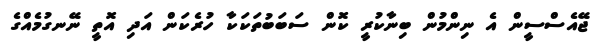
ޖޭއެސްސީން އެ ނިންމުން ބިނާކުރީ ކޮން ސަބަބުތަކަކާ ހުރެކަން އަދި އޮތީ ނޭނގުމެއްގެ